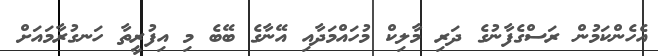
އެހެންކަމުން ރަސްގެފާނުގެ ދަރި މާލިކް މުހައްމަދާއި އޭނާގެ ބޭބެ މި އިފުރީތާ ހަނގުރާމައަށް